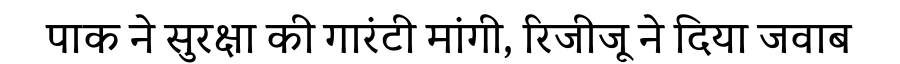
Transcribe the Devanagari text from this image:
पाक ने सुरक्षा की गारंटी मांगी, रिजीजू ने दिया जवाब